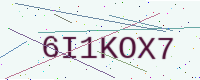
Text: 6I1KOX7